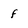
Character: f